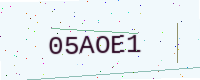
Text: 05AOE1